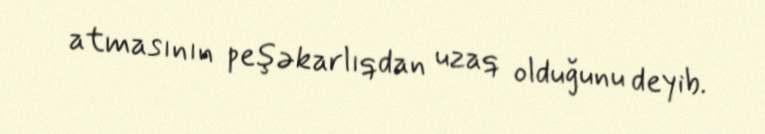
atmasının peşəkarlıqdan uzaq olduğunu deyib.